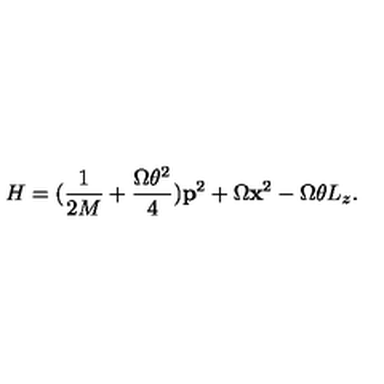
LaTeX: H = ( \frac { 1 } { 2 M } + \frac { \Omega \theta ^ { 2 } } { 4 } ) { \bf p } ^ { 2 } + \Omega { \bf x } ^ { 2 } - \Omega \theta L _ { z } .